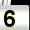
Digit: 5